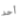
أحد